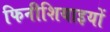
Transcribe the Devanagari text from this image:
फिनीशियाइयों